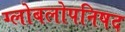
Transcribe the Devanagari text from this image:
ग्लोबलोपनिषद